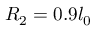
R _ { 2 } = 0 . 9 l _ { 0 }